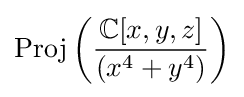
{\text{Proj}}\left({\frac {\mathbb {C} [x,y,z]}{(x^{4}+y^{4})}}\right)